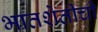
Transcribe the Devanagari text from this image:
भातशेतीची